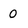
Character: 0